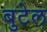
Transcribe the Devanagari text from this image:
बुटेल